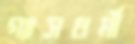
গ্যাসধর্মী